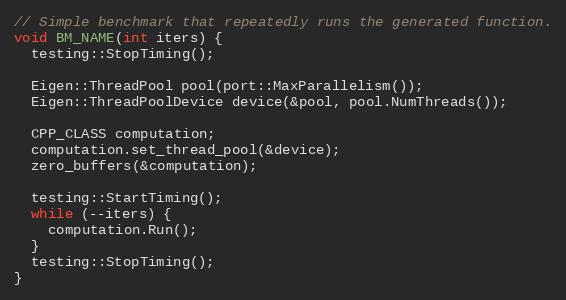
Language: C++
// Simple benchmark that repeatedly runs the generated function.
void BM_NAME(int iters) {
  testing::StopTiming();

  Eigen::ThreadPool pool(port::MaxParallelism());
  Eigen::ThreadPoolDevice device(&pool, pool.NumThreads());

  CPP_CLASS computation;
  computation.set_thread_pool(&device);
  zero_buffers(&computation);

  testing::StartTiming();
  while (--iters) {
    computation.Run();
  }
  testing::StopTiming();
}